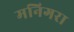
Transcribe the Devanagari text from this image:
मनिगरा